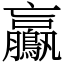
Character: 鸁